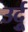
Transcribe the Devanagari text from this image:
उर्दुू